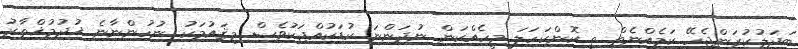
ބަދަލުކުރަންޖެހޭ ކަމެއްނެތް ތީ ކޮންކަހަލަ މީހެއްކަން ނުދަންނަ ކުޑަކުއްޖަކުވެސް މިޤައުމަކު ނުހުންނާނެ ޚުދުމުޚްތާރު